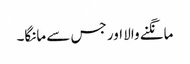
مانگنے والا اور جس سے مانگا۔